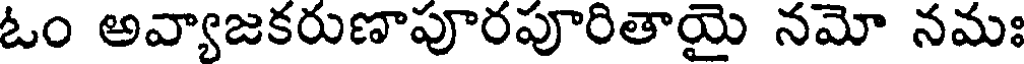
ఓం అవ్యాజకరుణాపూరపూరితాయై నమో నమః